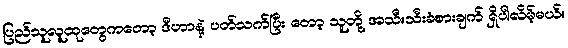
ပြည်သူလူထုတွေကတော့ ဒီဟာနဲ့ ပတ်သက်ပြီး တော့ သူတို့ အသီးသီးခံစားချက် ရှိပါလိမ့်မယ်။